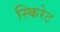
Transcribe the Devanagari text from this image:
स्किरेट